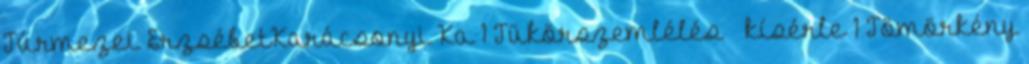
Túrmezei ErzsébetKarácsonyi Ka 1 Tükörszemlélés – kísérle 1 Tömörkény